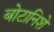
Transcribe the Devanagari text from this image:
बोटानिशे